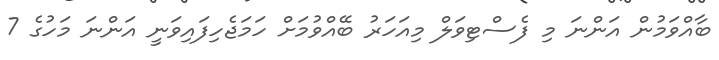
ބާއްވަމުން އަންނަ މި ފެސްޓިވަލް މިއަހަރު ބޭއްވުމަށް ހަމަޖެހިފައިވަނީ އަންނަ މަހުގެ 7